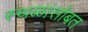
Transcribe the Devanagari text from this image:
स्थळांसोबत